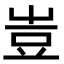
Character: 𧯛